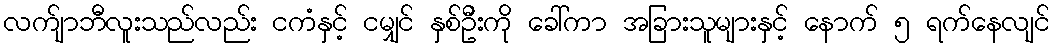
လက်ျာဘီလူးသည်လည်း ငကံနှင့် ငမျှင် နှစ်ဦးကို ခေါ်ကာ အခြားသူများနှင့် နောက် ၅ ရက်နေလျင်